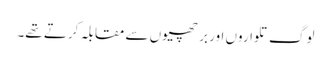
لوگ تلواروں اور بر چھیوں سے مقابلہ کرتے تھے۔